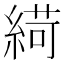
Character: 𦂭